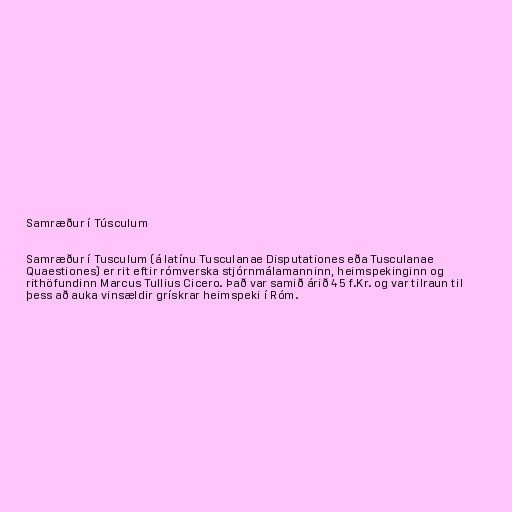
Samræður í Túsculum

Samræður í Tusculum (á latínu Tusculanae Disputationes eða Tusculanae
Quaestiones) er rit eftir rómverska stjórnmálamanninn, heimspekinginn og
rithöfundinn Marcus Tullius Cicero. Það var samið árið 45 f.Kr. og var tilraun til
þess að auka vinsældir grískrar heimspeki í Róm.